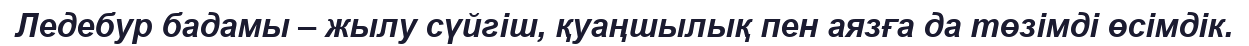
Ледебур бадамы – жылу сүйгіш, қуаңшылық пен аязға да төзімді өсімдік.